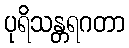
ပုရိသန္တရဂတာ